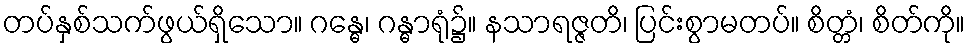
တပ်နှစ်သက်ဖွယ်ရှိသော။ ဂန္ဓေ၊ ဂန္ဓာရုံ၌။ နသာရဇ္ဇတိ၊ ပြင်းစွာမတပ်။ စိတ္တံ၊ စိတ်ကို။